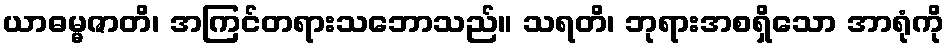
ယာဓမ္မဇာတိ၊ အကြင်တရားသဘောသည်။ သရတိ၊ ဘုရားအစရှိသော အာရုံကို